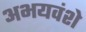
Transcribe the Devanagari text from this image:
अभयवंशे